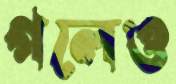
গলেও